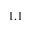
1 . 1